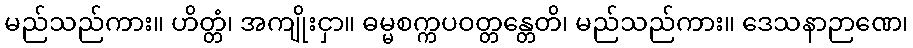
မည်သည်ကား။ ဟိတ္တံ၊ အကျိုးငှာ။ ဓမ္မစက္ကပဝတ္တန္တေတိ၊ မည်သည်ကား။ ဒေသနာဉာဏေ၊